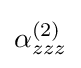
\alpha _{zzz}^{(2)}